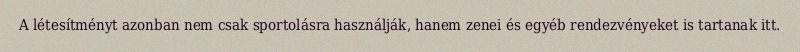
A létesítményt azonban nem csak sportolásra használják, hanem zenei és egyéb rendezvényeket is tartanak itt.